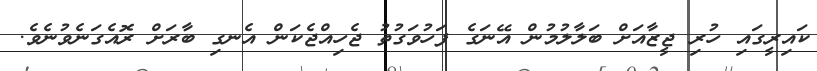
ކައިރީގައި ހުރި ޖީޒާއަށް ބަލާލުމުން އޭނަގެ ފަހުވަގުތު ޖެހިއްޖެކަން އެނގި ބާރަށް ރޮއެގަނެވުނެވެ.